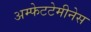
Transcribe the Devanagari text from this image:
अम्फेटटेमीनेस